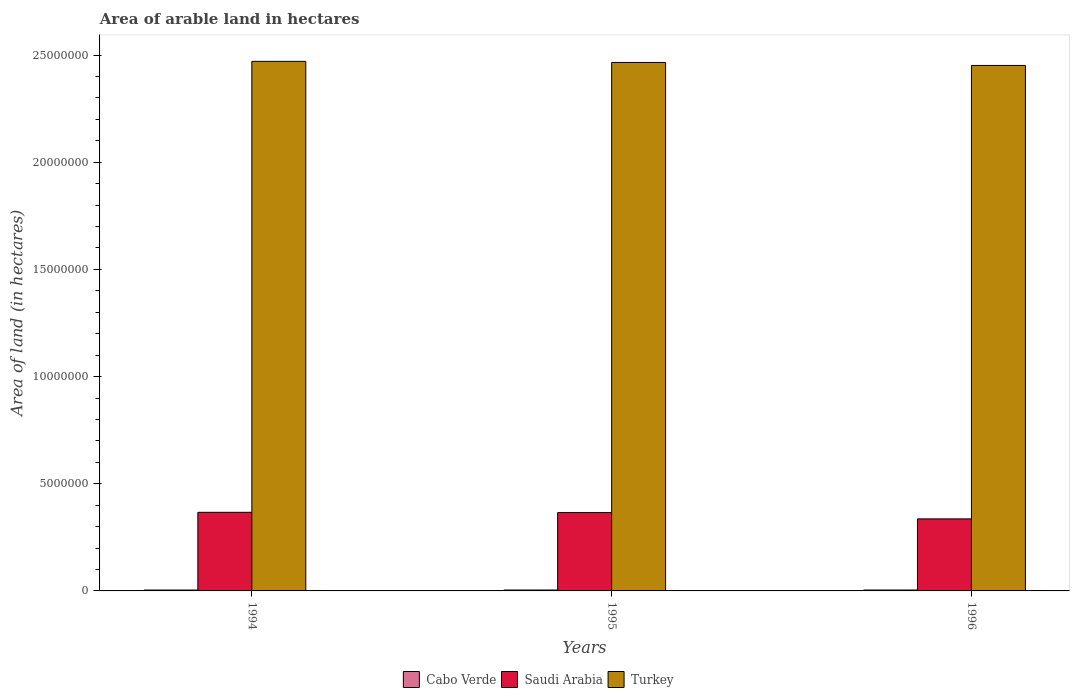
| Years | Cabo Verde | Saudi Arabia | Turkey |
 | --- | --- | --- | --- |
 | 1994 | 4.1e+04 | 3.67e+06 | 2.47e+07 |
 | 1995 | 4.2e+04 | 3.66e+06 | 2.47e+07 |
 | 1996 | 4.2e+04 | 3.36e+06 | 2.45e+07 |